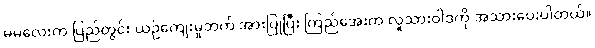
မမလေးက ပြည်တွင်း ယဉ်ကျေးမှုဘက် အားပြုပြီး ကြည်အေးက လူသားဝါဒကို အသားပေးပါတယ်။